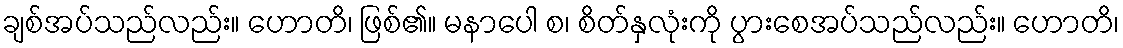
ချစ်အပ်သည်လည်း။ ဟောတိ၊ ဖြစ်၏။ မနာပေါ စ၊ စိတ်နှလုံးကို ပွားစေအပ်သည်လည်း။ ဟောတိ၊